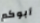
أبوكم